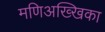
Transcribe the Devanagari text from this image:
मणिअख्खिका